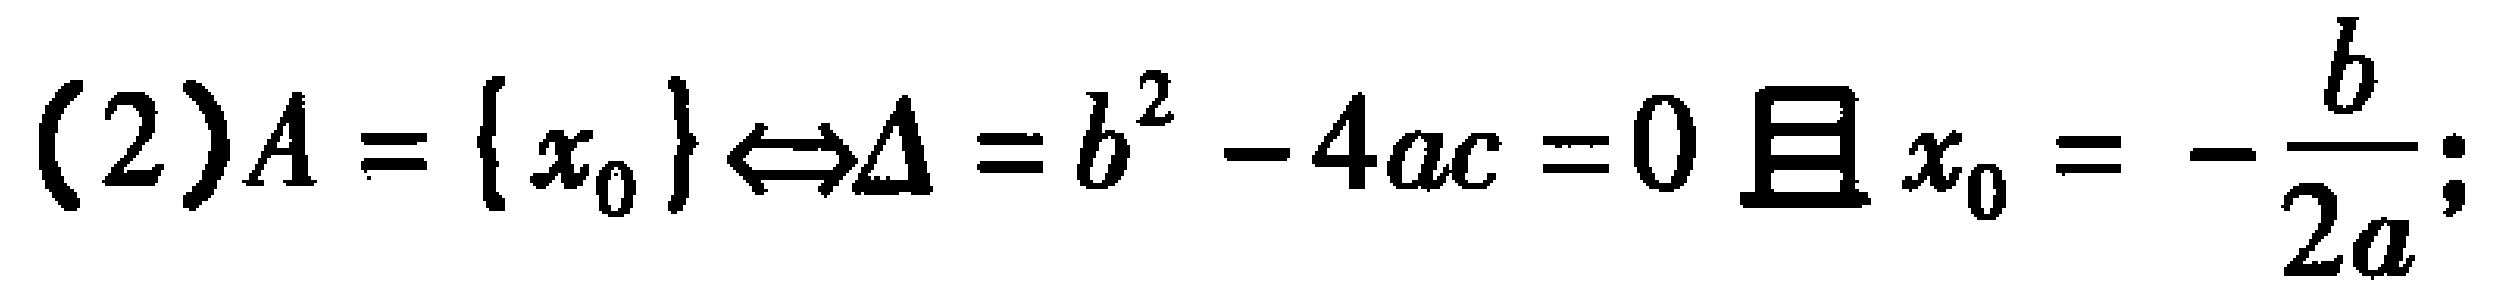
(2)$A = \{ x_{0}\} \Leftrightarrow\Delta = b^{2} - 4ac = 0 \text{且} x_{0} = -\frac{b}{2a};$